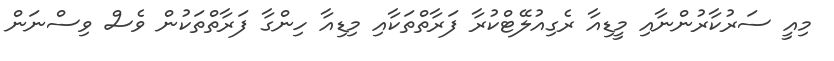
މިއީ ސަރުކާރުންނާއި މީޑިއާ ރެގިއުލޭޓްކުރާ ފަރާތްތަކާއި މިޑިއާ ހިންގާ ފަރާތްތަކުން ވެސް ވިސްނަން